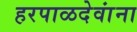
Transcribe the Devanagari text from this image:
हरपाळदेवांना